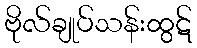
ဗိုလ်ချုပ်သန်းထွဋ်